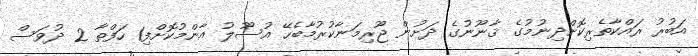
އަބުރު ރައްކާތެރިކޮށްދިނުމުގެ ޤާނޫނުގެ ދަށުން ޖޫރިމަނާކުރުމާބެހޭ އުސޫލު އާންމުކޮށްފި1 ހަފްތާ 2 ދުވަސް